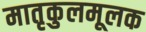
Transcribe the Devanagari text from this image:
मातृकुलमूलक